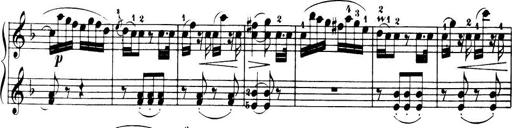
Title: 32 Sonatinas and Rondos for the Piano
Composer: Richard Kleinmichel